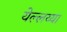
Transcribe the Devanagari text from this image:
येल्लय्या